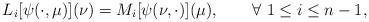
LaTeX: \begin{align*}L_i [\psi(\cdot,\mu)](\nu) = M_i [\psi(\nu,\cdot)](\mu), \qquad\forall\ 1 \leq i \leq n-1,\end{align*}